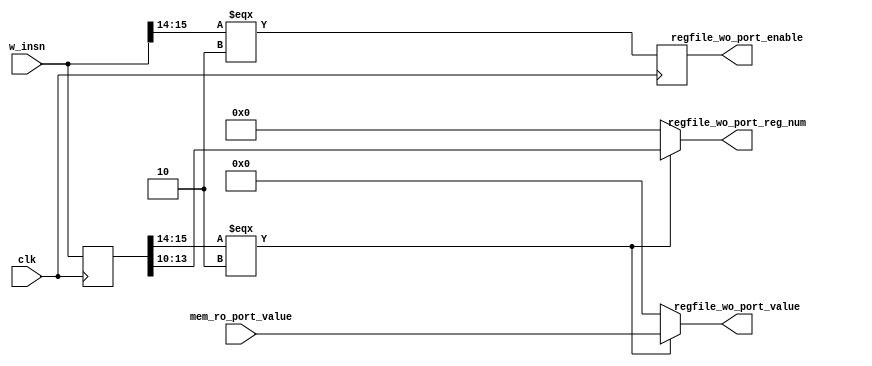
module Writeback (
    input wire clk,
    input wire [15:0] w_insn,
    input wire [15:0] mem_ro_port_value,
    output reg regfile_wo_port_enable,
    output wire [3:0] regfile_wo_port_reg_num,
    output wire [15:0] regfile_wo_port_value
);

reg [15:0] insn;

assign regfile_wo_port_reg_num = insn[15:14] === 2'b10 ? insn[13:10] : 4'd0;
assign regfile_wo_port_value = insn[15:14] === 2'b10 ? mem_ro_port_value : 16'd0;

always @(posedge clk)
begin
    insn <= w_insn; 
    regfile_wo_port_enable <= w_insn[15:14] === 2'b10;
end

endmodule